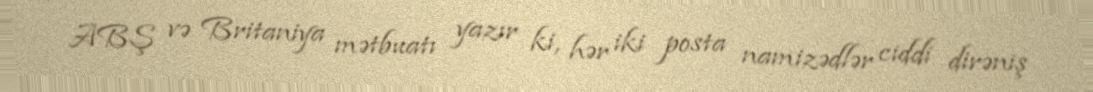
ABŞ və Britaniya mətbuatı yazır ki, hər iki posta namizədlər ciddi dirəniş